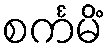
စင်္ကမိံ